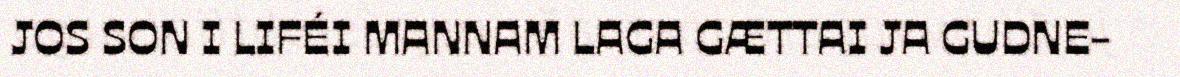
JOS SON I LIFÉI MANNAM LAGA GÆTTAI JA GUDNE-